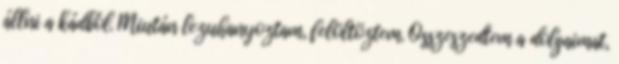
állni a kádból. Miután lezuhanyoztam, felöltöztem. Összeszedtem a dolgaimat,